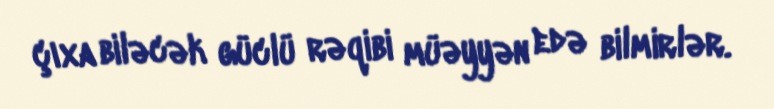
çıxa biləcək güclü rəqibi müəyyən edə bilmirlər.